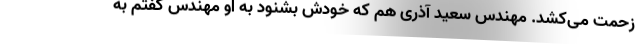
زحمت می‌کشد. مهندس سعید آذری هم که خودش بشنود به او مهندس گفتم به